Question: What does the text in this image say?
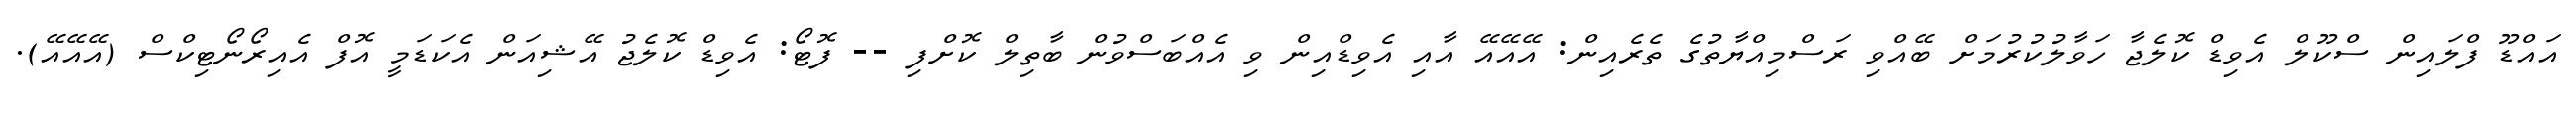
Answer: އައްޑޫ ފްލައިން ސްކޫލް އެވިޑް ކޮލެޖާ ހަވާލުކުރުމަށް ބޭއްވި ރަސްމިއްޔާތުގެ ތެރެއިން: އޭއޭއޭ އާއި އެވިޑްއިން ވި އެއްބަސްވުން ބާތިލް ކޮށްފި -- ފޮޓޯ: އެވިޑް ކޮލެޖު އޭޝިއަން އެކަޑަމީ އޮފް އެއިރޯނޯޓިކްސް (އޭއޭއޭ).